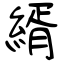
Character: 縃